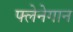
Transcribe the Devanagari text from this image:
फ्लेनेगान